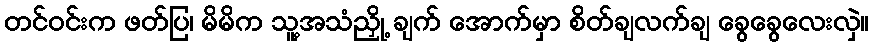
တင်ဝင်းက ဖတ်ပြ၊ မိမိက သူ့အသံညှို့ ချက် အောက်မှာ စိတ်ချလက်ချ ခွေခွေလေးလှဲ။